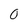
Character: 0